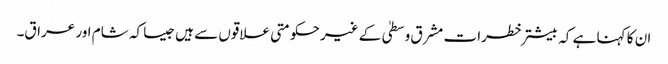
ان کا کہنا ہے کہ بیشتر خطرات مشرق وسطیٰ کے غیر حکومتی علاقوں سے ہیں جیسا کہ شام اور عراق۔